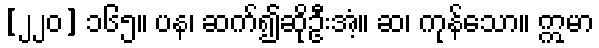
[၂၂၀] ၁၆၅။ ပန၊ ဆက်၍ဆိုဦးအံ့။ ဆ၊ ကုန်သော။ ဣမာ